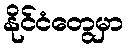
နိုင်ငံတွေမှာ